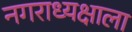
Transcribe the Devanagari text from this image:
नगराध्यक्षाला